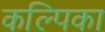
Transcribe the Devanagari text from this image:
कल्पिका